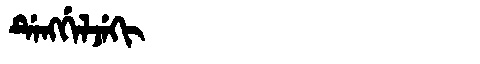
Manchu: ᡩᡝᠩᡤᡝᠯᠵᡝᡴᡳ
Romanization: DENGGELJEKI